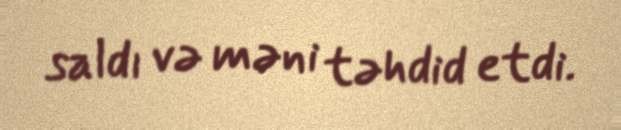
saldı və məni təhdid etdi.